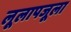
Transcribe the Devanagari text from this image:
लूलापजूला